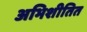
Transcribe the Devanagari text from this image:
अभिशीतित